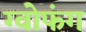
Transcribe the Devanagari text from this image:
ग्वोफंग